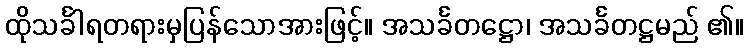
ထိုသင်္ခါရတရားမှပြန်သောအားဖြင့်။ အသင်္ခတဋ္ဌော၊ အသင်္ခတဋ္ဌမည် ၏။